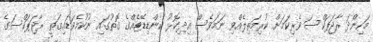
މަހިންދަ ރާޖަޕަކްސަ ވެރިކަމަށް ކުރިމަތިލެއްވި ނަމަވެސް އިދިކޮޅު ކެންޑިޑޭޓެއްގެ ގޮތުގައި ނުކުމެވަޑައިގަތީ ރާޖަޕަކްސަގެ